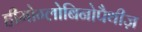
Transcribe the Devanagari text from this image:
हीमोग्लोबिनोपैथीज़